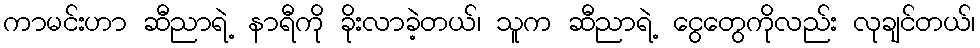
ကာမင်းဟာ ဆီညာရဲ့ နာရီကို ခိုးလာခဲ့တယ်၊ သူက ဆီညာရဲ့ ငွေတွေကိုလည်း လုချင်တယ်၊